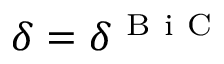
\delta = \delta ^ { \mathrm { ~ B ~ i ~ C ~ } }